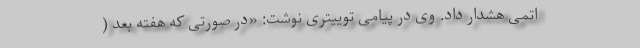
اتمی هشدار داد. وی در پیامی توییتری نوشت: «در صورتی که هفته بعد (